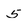
Character: 5